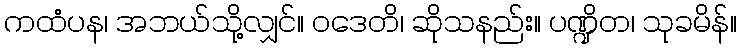
ကထံပန၊ အဘယ်သို့လျှင်။ ဝဒေတိ၊ ဆိုသနည်း။ ပဏ္ဍိတ၊ သုခမိန်။